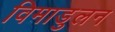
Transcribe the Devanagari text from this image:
विमाडुलन